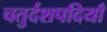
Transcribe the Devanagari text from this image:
चतुर्दशपदियाँ